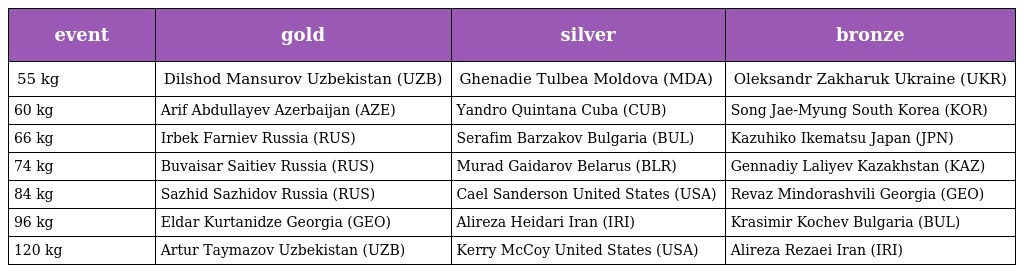
| event | gold | silver | bronze |
 | --- | --- | --- | --- |
 | 55 kg | Dilshod Mansurov Uzbekistan (UZB) | Ghenadie Tulbea Moldova (MDA) | Oleksandr Zakharuk Ukraine (UKR) |
 | 60 kg | Arif Abdullayev Azerbaijan (AZE) | Yandro Quintana Cuba (CUB) | Song Jae-Myung South Korea (KOR) |
 | 66 kg | Irbek Farniev Russia (RUS) | Serafim Barzakov Bulgaria (BUL) | Kazuhiko Ikematsu Japan (JPN) |
 | 74 kg | Buvaisar Saitiev Russia (RUS) | Murad Gaidarov Belarus (BLR) | Gennadiy Laliyev Kazakhstan (KAZ) |
 | 84 kg | Sazhid Sazhidov Russia (RUS) | Cael Sanderson United States (USA) | Revaz Mindorashvili Georgia (GEO) |
 | 96 kg | Eldar Kurtanidze Georgia (GEO) | Alireza Heidari Iran (IRI) | Krasimir Kochev Bulgaria (BUL) |
 | 120 kg | Artur Taymazov Uzbekistan (UZB) | Kerry McCoy United States (USA) | Alireza Rezaei Iran (IRI) |